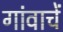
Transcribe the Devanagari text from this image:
गांवाचें